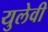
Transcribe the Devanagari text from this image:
युलेवी